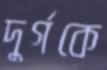
দুর্গকে